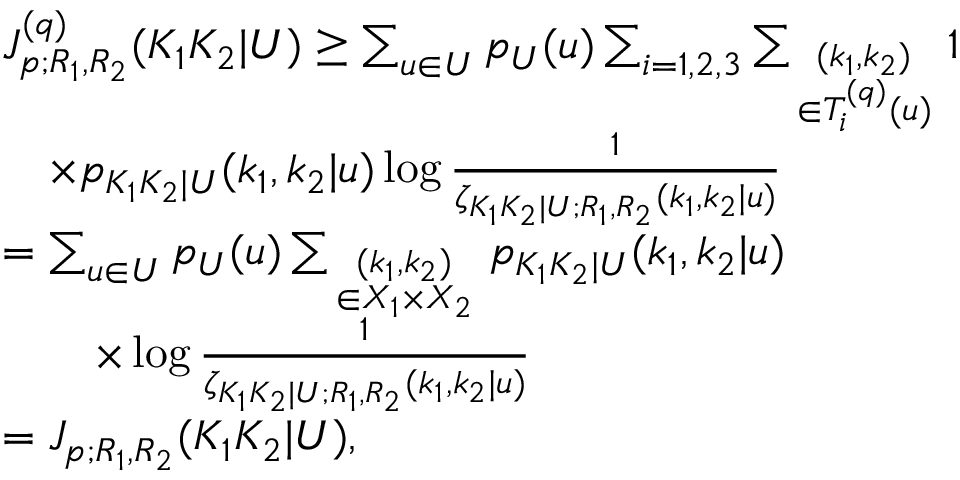
\begin{array} { r l } & { J _ { p ; R _ { 1 } , R _ { 2 } } ^ { ( q ) } ( K _ { 1 } K _ { 2 } | U ) \geq \sum _ { u \in { \cal U } } p _ { U } ( u ) \sum _ { i = 1 , 2 , 3 } \sum _ { \scriptstyle ( k _ { 1 } , k _ { 2 } ) \atop { \scriptstyle \in { \cal T } _ { i } ^ { ( q ) } ( u ) } } 1 } \\ & { \quad \times p _ { K _ { 1 } K _ { 2 } | U } ( k _ { 1 } , k _ { 2 } | u ) \log \frac { 1 } { \zeta _ { K _ { 1 } K _ { 2 } | U ; R _ { 1 } , R _ { 2 } } ( k _ { 1 } , k _ { 2 } | u ) } } \\ & { = \sum _ { u \in { \cal U } } p _ { U } ( u ) \sum _ { \scriptstyle ( k _ { 1 } , k _ { 2 } ) \atop { \scriptstyle \in { \cal X } _ { 1 } \times { \cal X } _ { 2 } } } p _ { K _ { 1 } K _ { 2 } | U } ( k _ { 1 } , k _ { 2 } | u ) } \\ & { \qquad \times \log \frac { 1 } { \zeta _ { K _ { 1 } K _ { 2 } | U ; R _ { 1 } , R _ { 2 } } ( k _ { 1 } , k _ { 2 } | u ) } } \\ & { = J _ { p ; R _ { 1 } , R _ { 2 } } ( K _ { 1 } K _ { 2 } | U ) , } \end{array}